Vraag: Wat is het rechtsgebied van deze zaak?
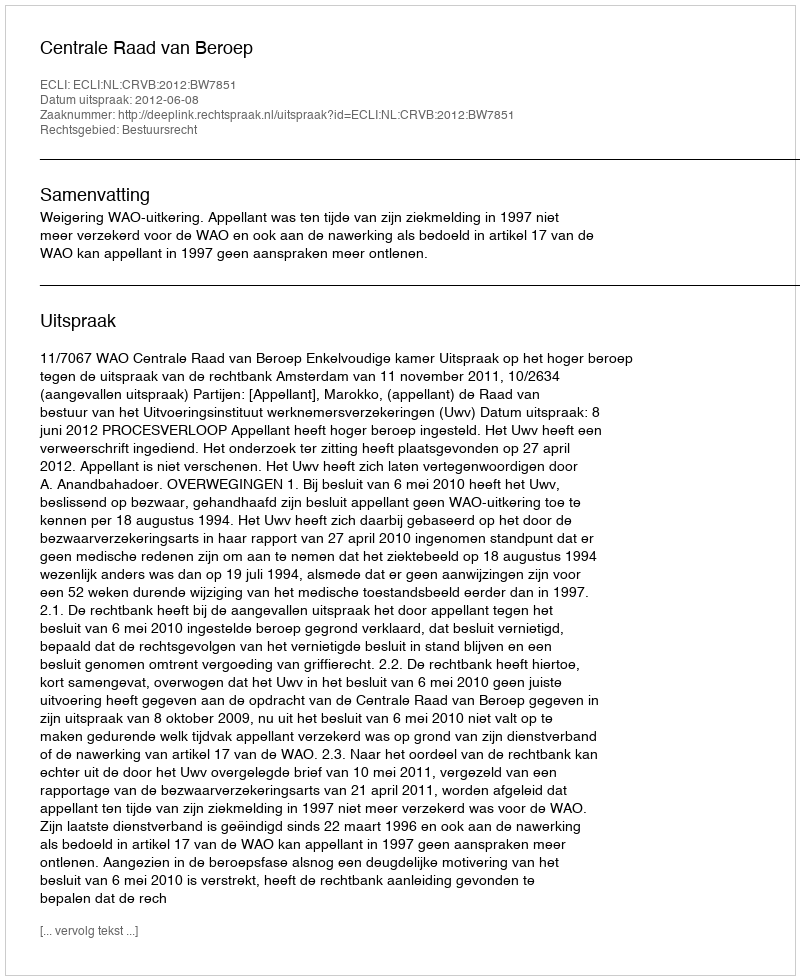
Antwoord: Bestuursrecht